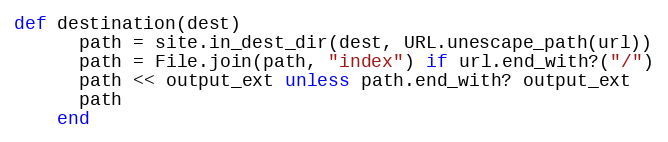
Language: Ruby
def destination(dest)
      path = site.in_dest_dir(dest, URL.unescape_path(url))
      path = File.join(path, "index") if url.end_with?("/")
      path << output_ext unless path.end_with? output_ext
      path
    end